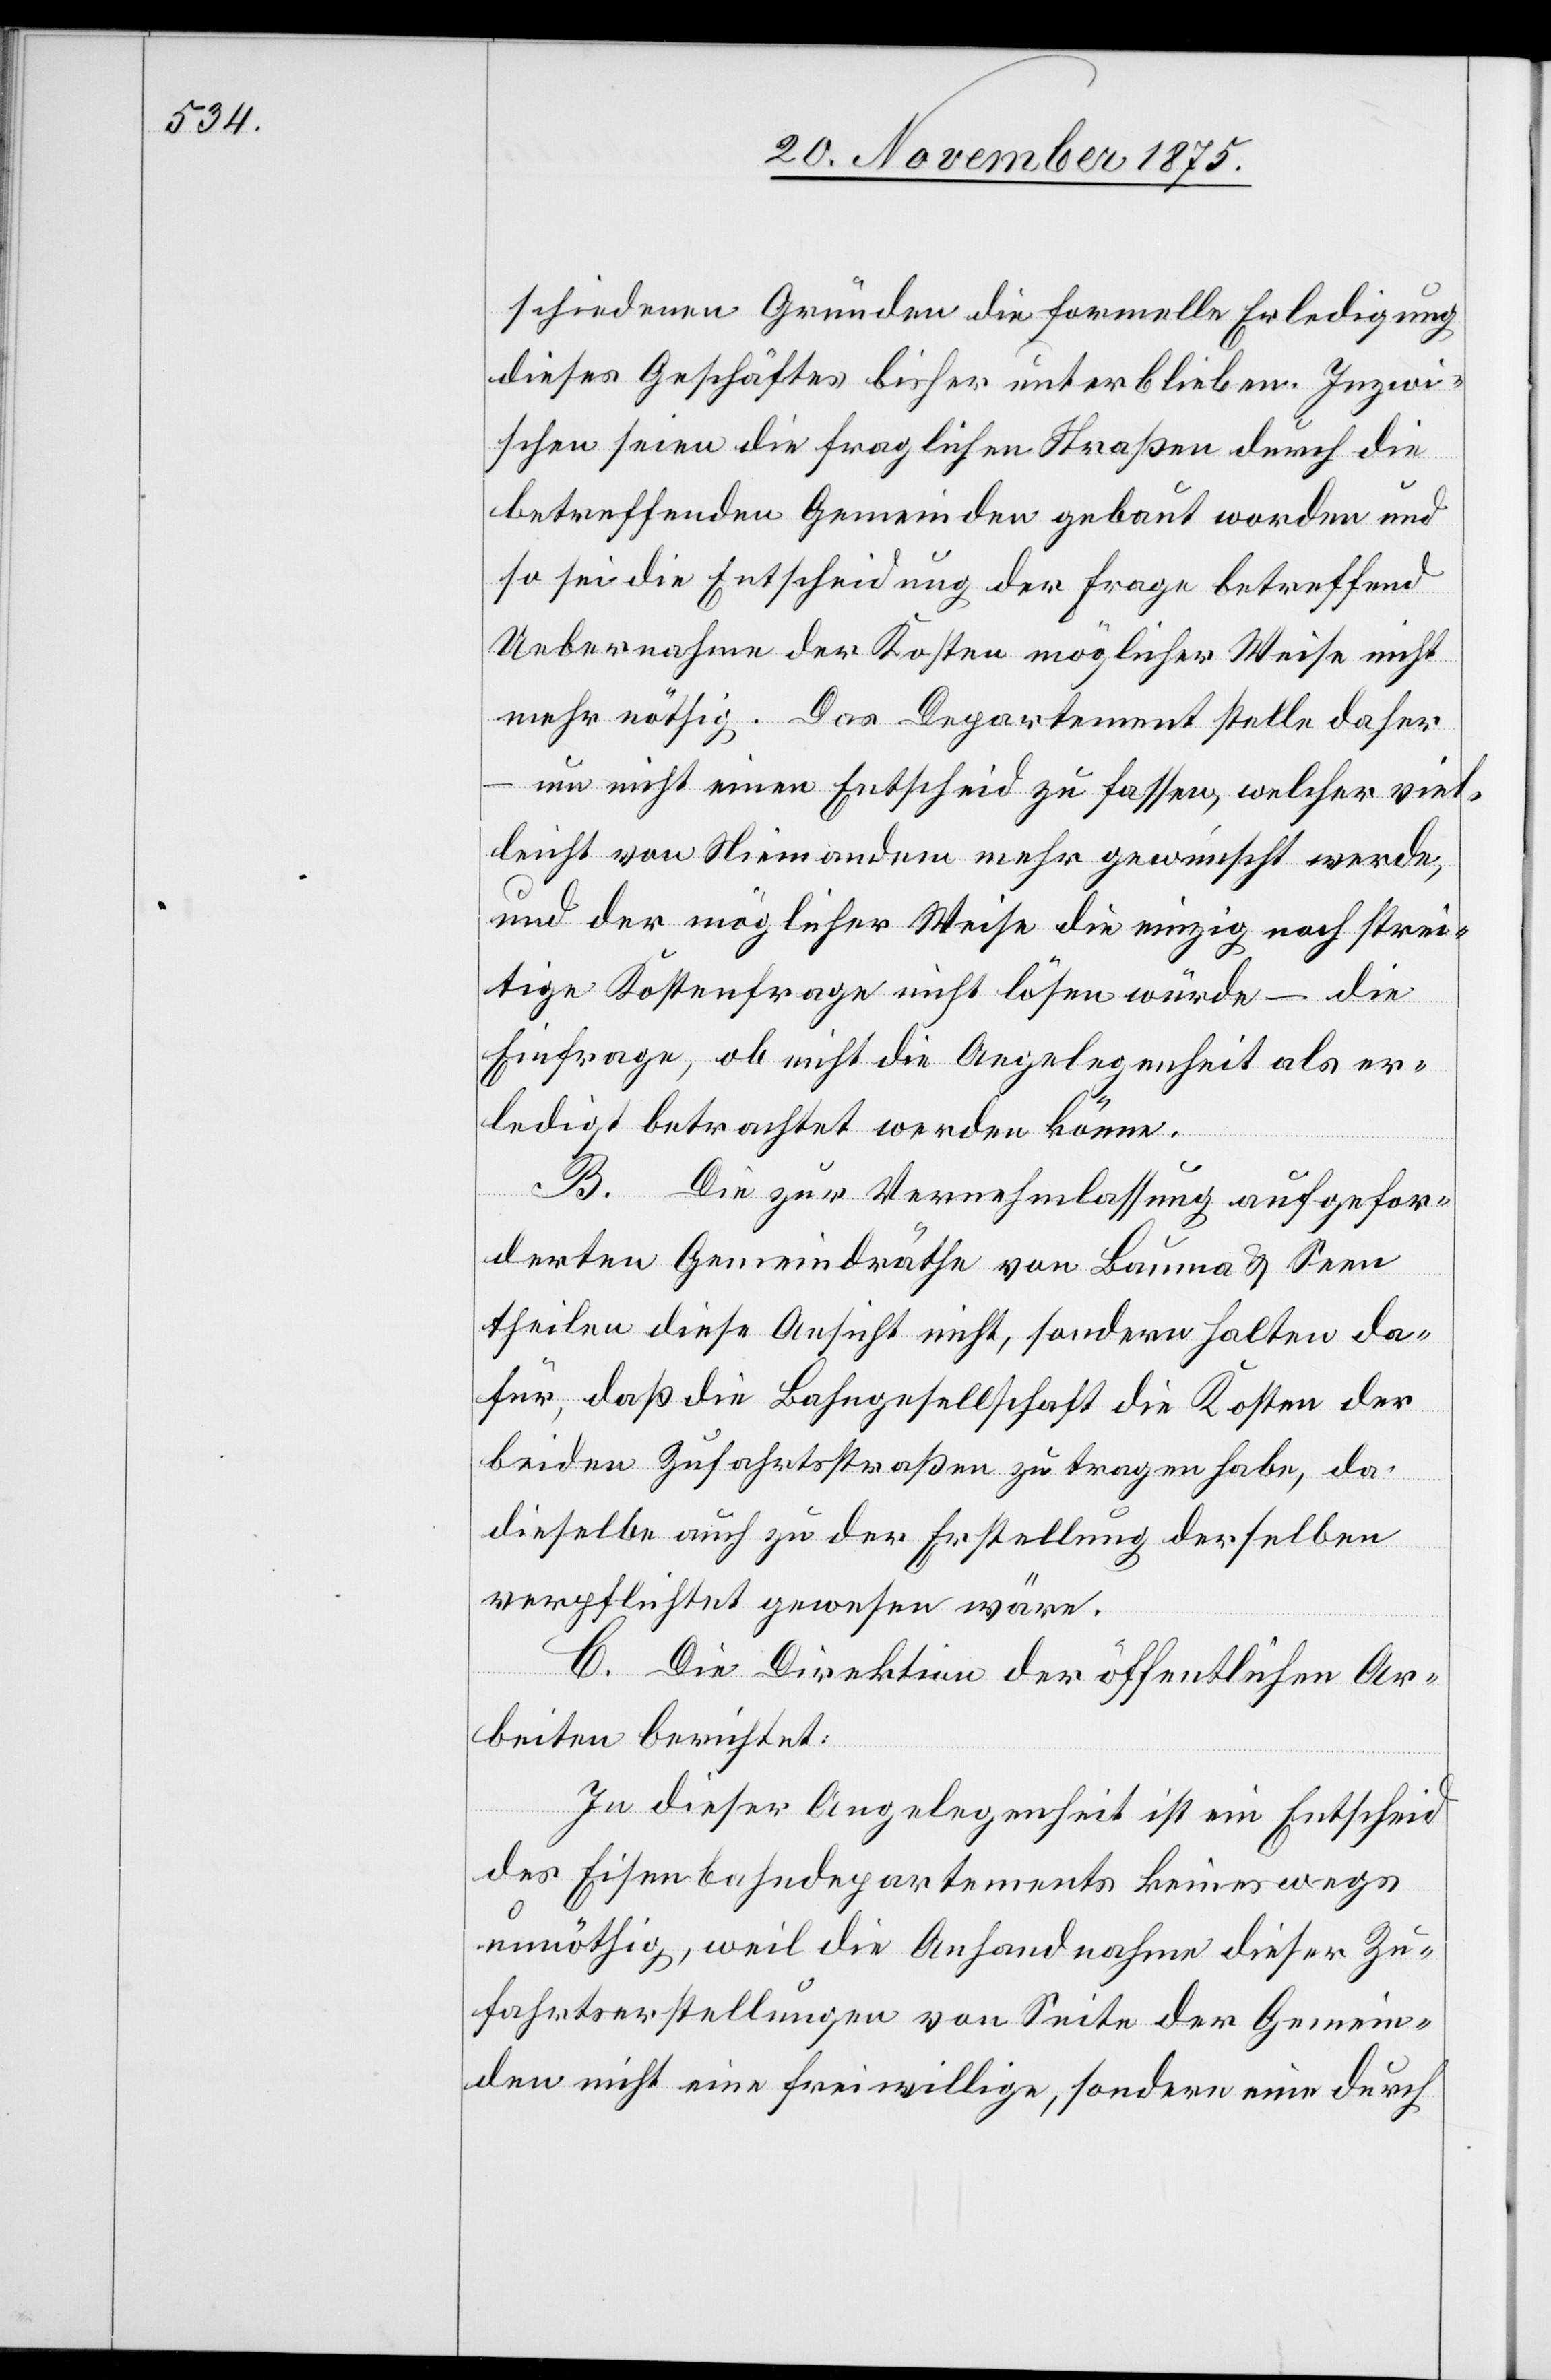
schiedenen Gründen die formelle Erledigung
dieses Geschäftes bisher unterblieben. Inzwi¬
schen seien die fraglichen Straßen durch die
betreffenden Gemeinden gebaut worden und
so sei die Entscheidung der Frage betreffend
Uebernahme der Kosten möglicher Weise nicht
mehr nöthig. Das Departement stelle daher
um nicht einen Entscheid zu fassen, welcher viel¬
leicht von Niemandem mehr gewünscht werde,
und der möglicher Weise die einzig noch strei¬
tige Kostenfrage nicht lösen würde – die
Einfrage, ob nicht die Angelegenheit als er¬
ledigt betrachtet werden könne.
B. Die zur Vernehmlassung aufgefor¬
derten Gemeindräthe von Bauma & Seen
theilen diese Ansicht nicht, sondern halten da¬
für, daß die Bahngesellschaft die Kosten der
beiden Zufahrtsstraßen zu tragen habe, da
dieselbe auch zu der Erstellung derselben
verpflichtet gewesen wäre.
C. Die Direktion der öffentlichen Ar¬
beiten berichtet:
In dieser Angelegenheit ist ein Entscheid
des Eisenbahndepartements keineswegs
unnöthig, weil die Anhandnahme dieser Zu¬
fahrtserstellungen von Seite der Gemein¬
den nicht eine freiwillige, sondern eine durch